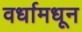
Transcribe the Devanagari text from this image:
वर्धामधून